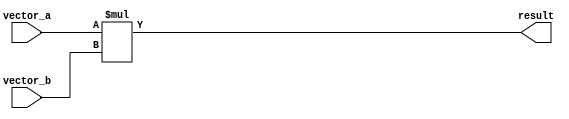
module array_multiplier(
    input wire [15:0] vector_a,
    input wire [15:0] vector_b,
    output wire [31:0] result
);

    reg [31:0] temp_result;
    reg [31:0] final_result;

    always @(*)
    begin
        temp_result = vector_a * vector_b;
        final_result = temp_result;
    end

    assign result = final_result;

endmodule